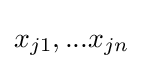
x_{j1},...x_{jn}